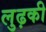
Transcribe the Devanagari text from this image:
लुढ़की